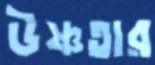
উষ্ণতার